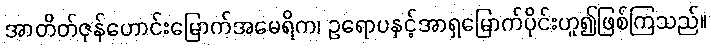
အာတိတ်ဇုန်ဟောင်းမြောက်အမေရိက၊ ဥရောပနှင့်အာရှမြောက်ပိုင်းဟူ၍ဖြစ်ကြသည်။